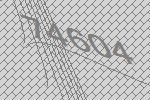
74604